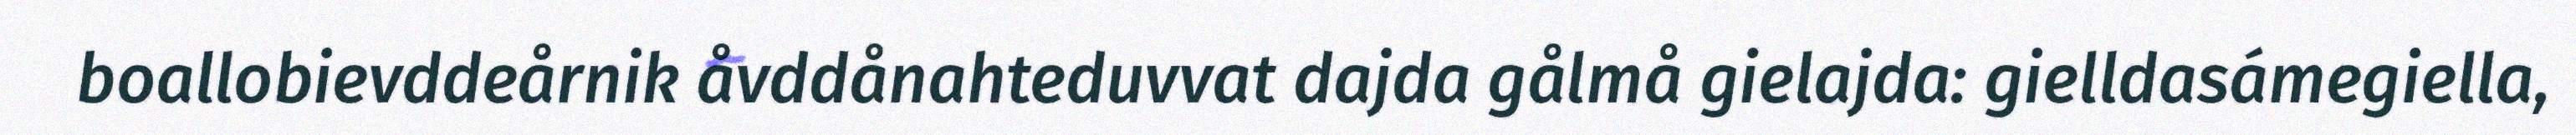
boallobievddeårnik åvddånahteduvvat dajda gålmå gielajda: gielldasámegiella,